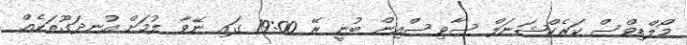
މޯލްޑިވްސް ކަރެކްޝަނަލް ސާވިސްއިން ބުނީ ރޭ 19:00 ގައި ނޭވާ ލުމަށް އުނދަގޫތަކެއް